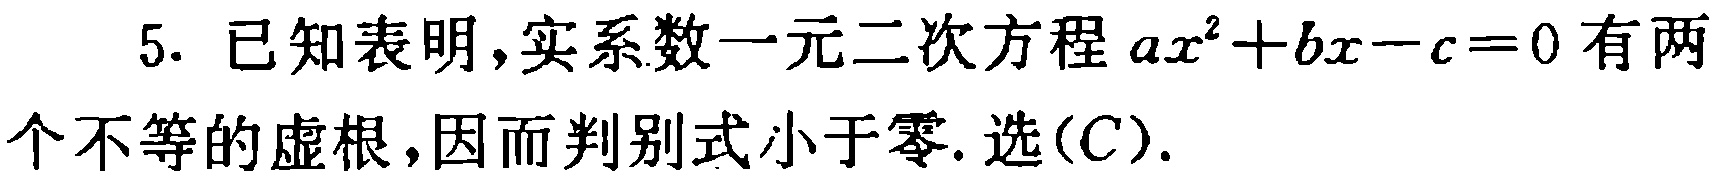
5. 已知表明,实系数一元二次方程\(ax^{2}+bx - c = 0\)有两个不等的虚根,因而判别式小于零. 选(C).